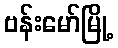
ဗန်းမော်မြို့